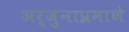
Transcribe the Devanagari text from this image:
अर्जुनाप्रमाणे